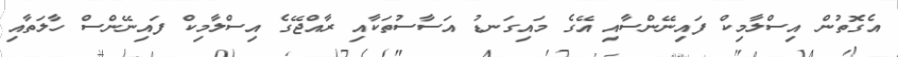
އެގޮތުން އިސްލާމިކް ފައިނޭންސާއި އޭގެ މައިގަނޑު އަސާސުތަކާއި ރާއްޖޭގެ އިސްލާމިކް ފައިނޭންސް ހާލަތާއި